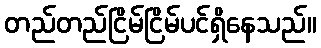
တည်တည်ငြိမ်ငြိမ်ပင်ရှိနေသည်။